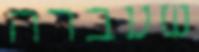
שעברה